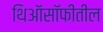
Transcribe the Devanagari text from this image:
थिऑसॉफीतील